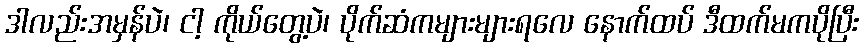
ဒါလည်းအမှန်ပဲ၊ ငါ့ ကိုယ်တွေ့ပဲ၊ ပိုက်ဆံကများများရလေ နောက်ထပ် ဒီထက်မကပိုပြီး